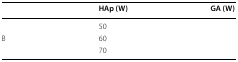
<table><thead><tr><td>[EMPTY_CELL]</td><td><b>HAp (W)</b></td><td><b>GA (W)</b></td></tr></thead><tbody><tr><td>[EMPTY_CELL]</td><td>50</td><td>[EMPTY_CELL]</td></tr><tr><td>B</td><td>60</td><td>[EMPTY_CELL]</td></tr><tr><td>[EMPTY_CELL]</td><td>70</td><td>[EMPTY_CELL]</td></tr></tbody></table>